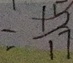
= \frac { 1 5 } { 1 7 }